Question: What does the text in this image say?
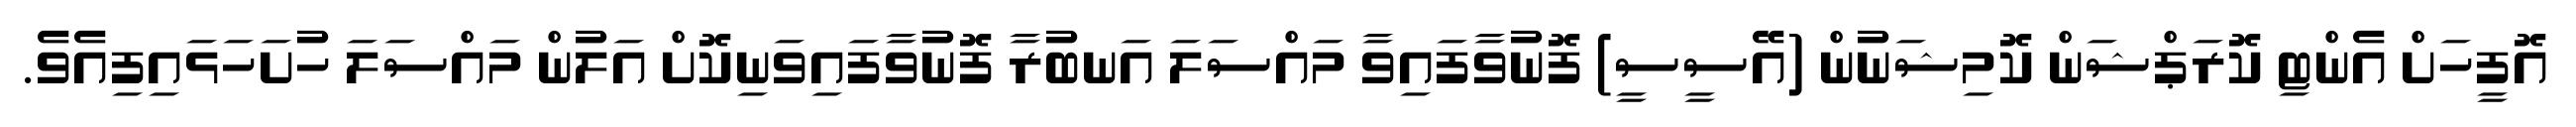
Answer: އޮފީހަށް އެންޓި ކޮރަޕްޝަން ކޮމިޝަނުން (އޭސީސީ) ފޮނުވާފައިވާ މައްސަލަ އަނބުރާ ފޮނުވާފައިވަނިކޮށް އަލުން މައްސަލަ ހުށަހަޅައިފިއެވެ.